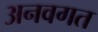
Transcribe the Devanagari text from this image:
अनवगत